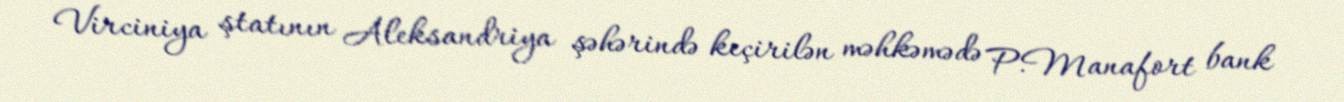
Virciniya ştatının Aleksandriya şəhərində keçirilən məhkəmədə P.Manafort bank